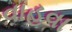
વાહવા